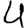
Digit: 4